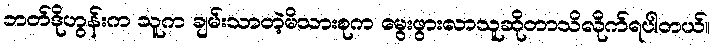
ဘတ်ဒိုဟွန်းက သူက ချမ်းသာတဲ့မိသားစုက မွေးဖွားလာသူဆိုတာသိလိုက်ရပါတယ်။